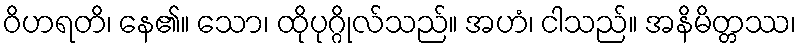
ဝိဟရတိ၊ နေ၏။ သော၊ ထိုပုဂ္ဂိုလ်သည်။ အဟံ၊ ငါသည်။ အနိမိတ္တဿ၊